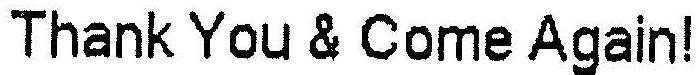
THANK YOU & COME AGAIN!